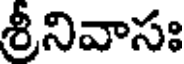
శ్రీనివాసః